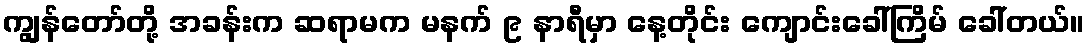
ကျွန်တော်တို့ အခန်းက ဆရာမက မနက် ၉ နာရီမှာ နေ့တိုင်း ကျောင်းခေါ်ကြိမ် ခေါ်တယ်။